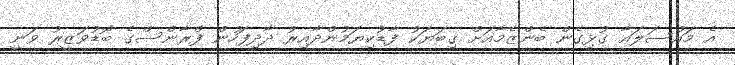
އެ މައްސަލައާ ގުޅިގެން ބެންޒެމާއަށް ގިބަޔަކު ފާޑުކިޔަމުންދާއިރު ދާދިފަހުން ފްރާންސްގެ ބޮޑުވަޒީރު ވަނީ